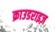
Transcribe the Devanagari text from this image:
क्राउडराइज़